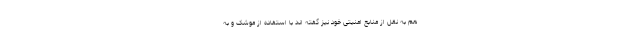
هم به نقل از منابع امنیتی خود نیز گفته اند با استفاده از موشک و به